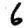
Digit: 6